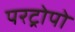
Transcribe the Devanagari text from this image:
परट्रोपो